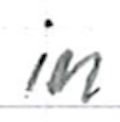
Text: in
Cross-out: clean
Writing tool: ballpoint